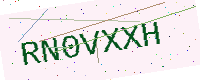
Text: RN0VXXH